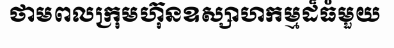
ថាមពលក្រុមហ៊ុនឧស្សាហកម្មដ៏ធំមួយ